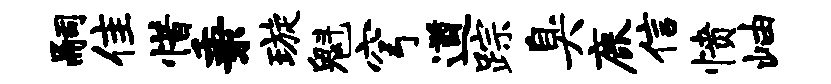
嗣隹惜秉璇魁穹遒踪臭鹿信愤岫